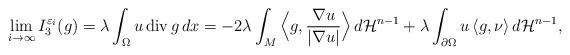
LaTeX: \begin{align*}\lim_{i\rightarrow\infty} I_3^{\varepsilon_i}(g)=\lambda\int_{\Omega} u\,{\rm div}\,g\,dx=-2\lambda \int_{M}\Big\langle g,\frac{\nabla u}{|\nabla u|}\Big\rangle\, d\mathcal H^{n-1}+\lambda\int_{\partial\Omega} u\,\langle g,\nu\rangle\, d\mathcal H^{n-1},\end{align*}